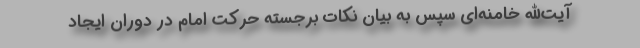
آیت‌الله خامنه‌ای سپس به بیان نکات برجسته حرکت امام در دوران ایجاد